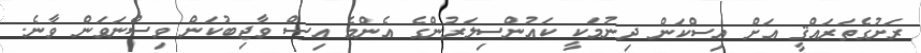
ރަށުގެތަރައްޤީ އަށް އިސްކަން ދިނުމަކީ ކައުންސިލަރުންގެ އެންމެ އިސް ވާޖިބުކަން ވިސްނަވަން ވާނެ.